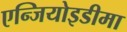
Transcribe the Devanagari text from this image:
एन्जियोइडीमा